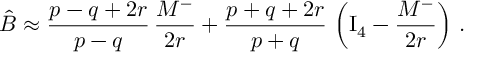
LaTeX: \hat { B } \approx { \frac { p - q + 2 r } { p - q } } \, { \frac { M ^ { - } } { 2 r } } + { \frac { p + q + 2 r } { p + q } } \, \left( \mathrm { I } _ { 4 } - { \frac { M ^ { - } } { 2 r } } \right) \, .